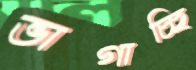
ভাগাচ্ছি